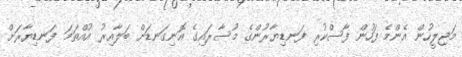
މަޖިލީހުން އެންމެ ފަހުން ފާސްކުރި ފަނޑިޔާރުންގެ މުސާރައިގެ އޮނިގަނޑަށް ބަލާއިރު އުއްތަމަ ފަނޑިޔާރަށް